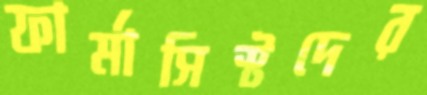
ফার্মাসিস্টদের